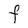
Character: F